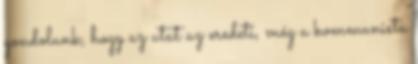
gondolunk, hogy az utat az eredeti, még a kommunista